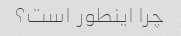
چرا اینطور است؟